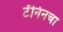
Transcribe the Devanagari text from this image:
टॅनिनचा